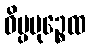
ဝိပ္ပမုဉ္စေထ